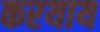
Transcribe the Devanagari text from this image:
करयाय